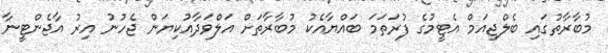
މުބާރާތުގައި ބެލްޖިއަމް އެޓީމުގެ ފުރަތަމަ ބައްޔާއެކު މުބާރާތަށް އަލްވަދާއުކިޔަން ޖެހުނު އިރު އާޖެންޓީނާ